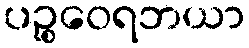
ပဉ္စဝေရဘယာ